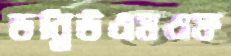
ডব্লিউএমএফ